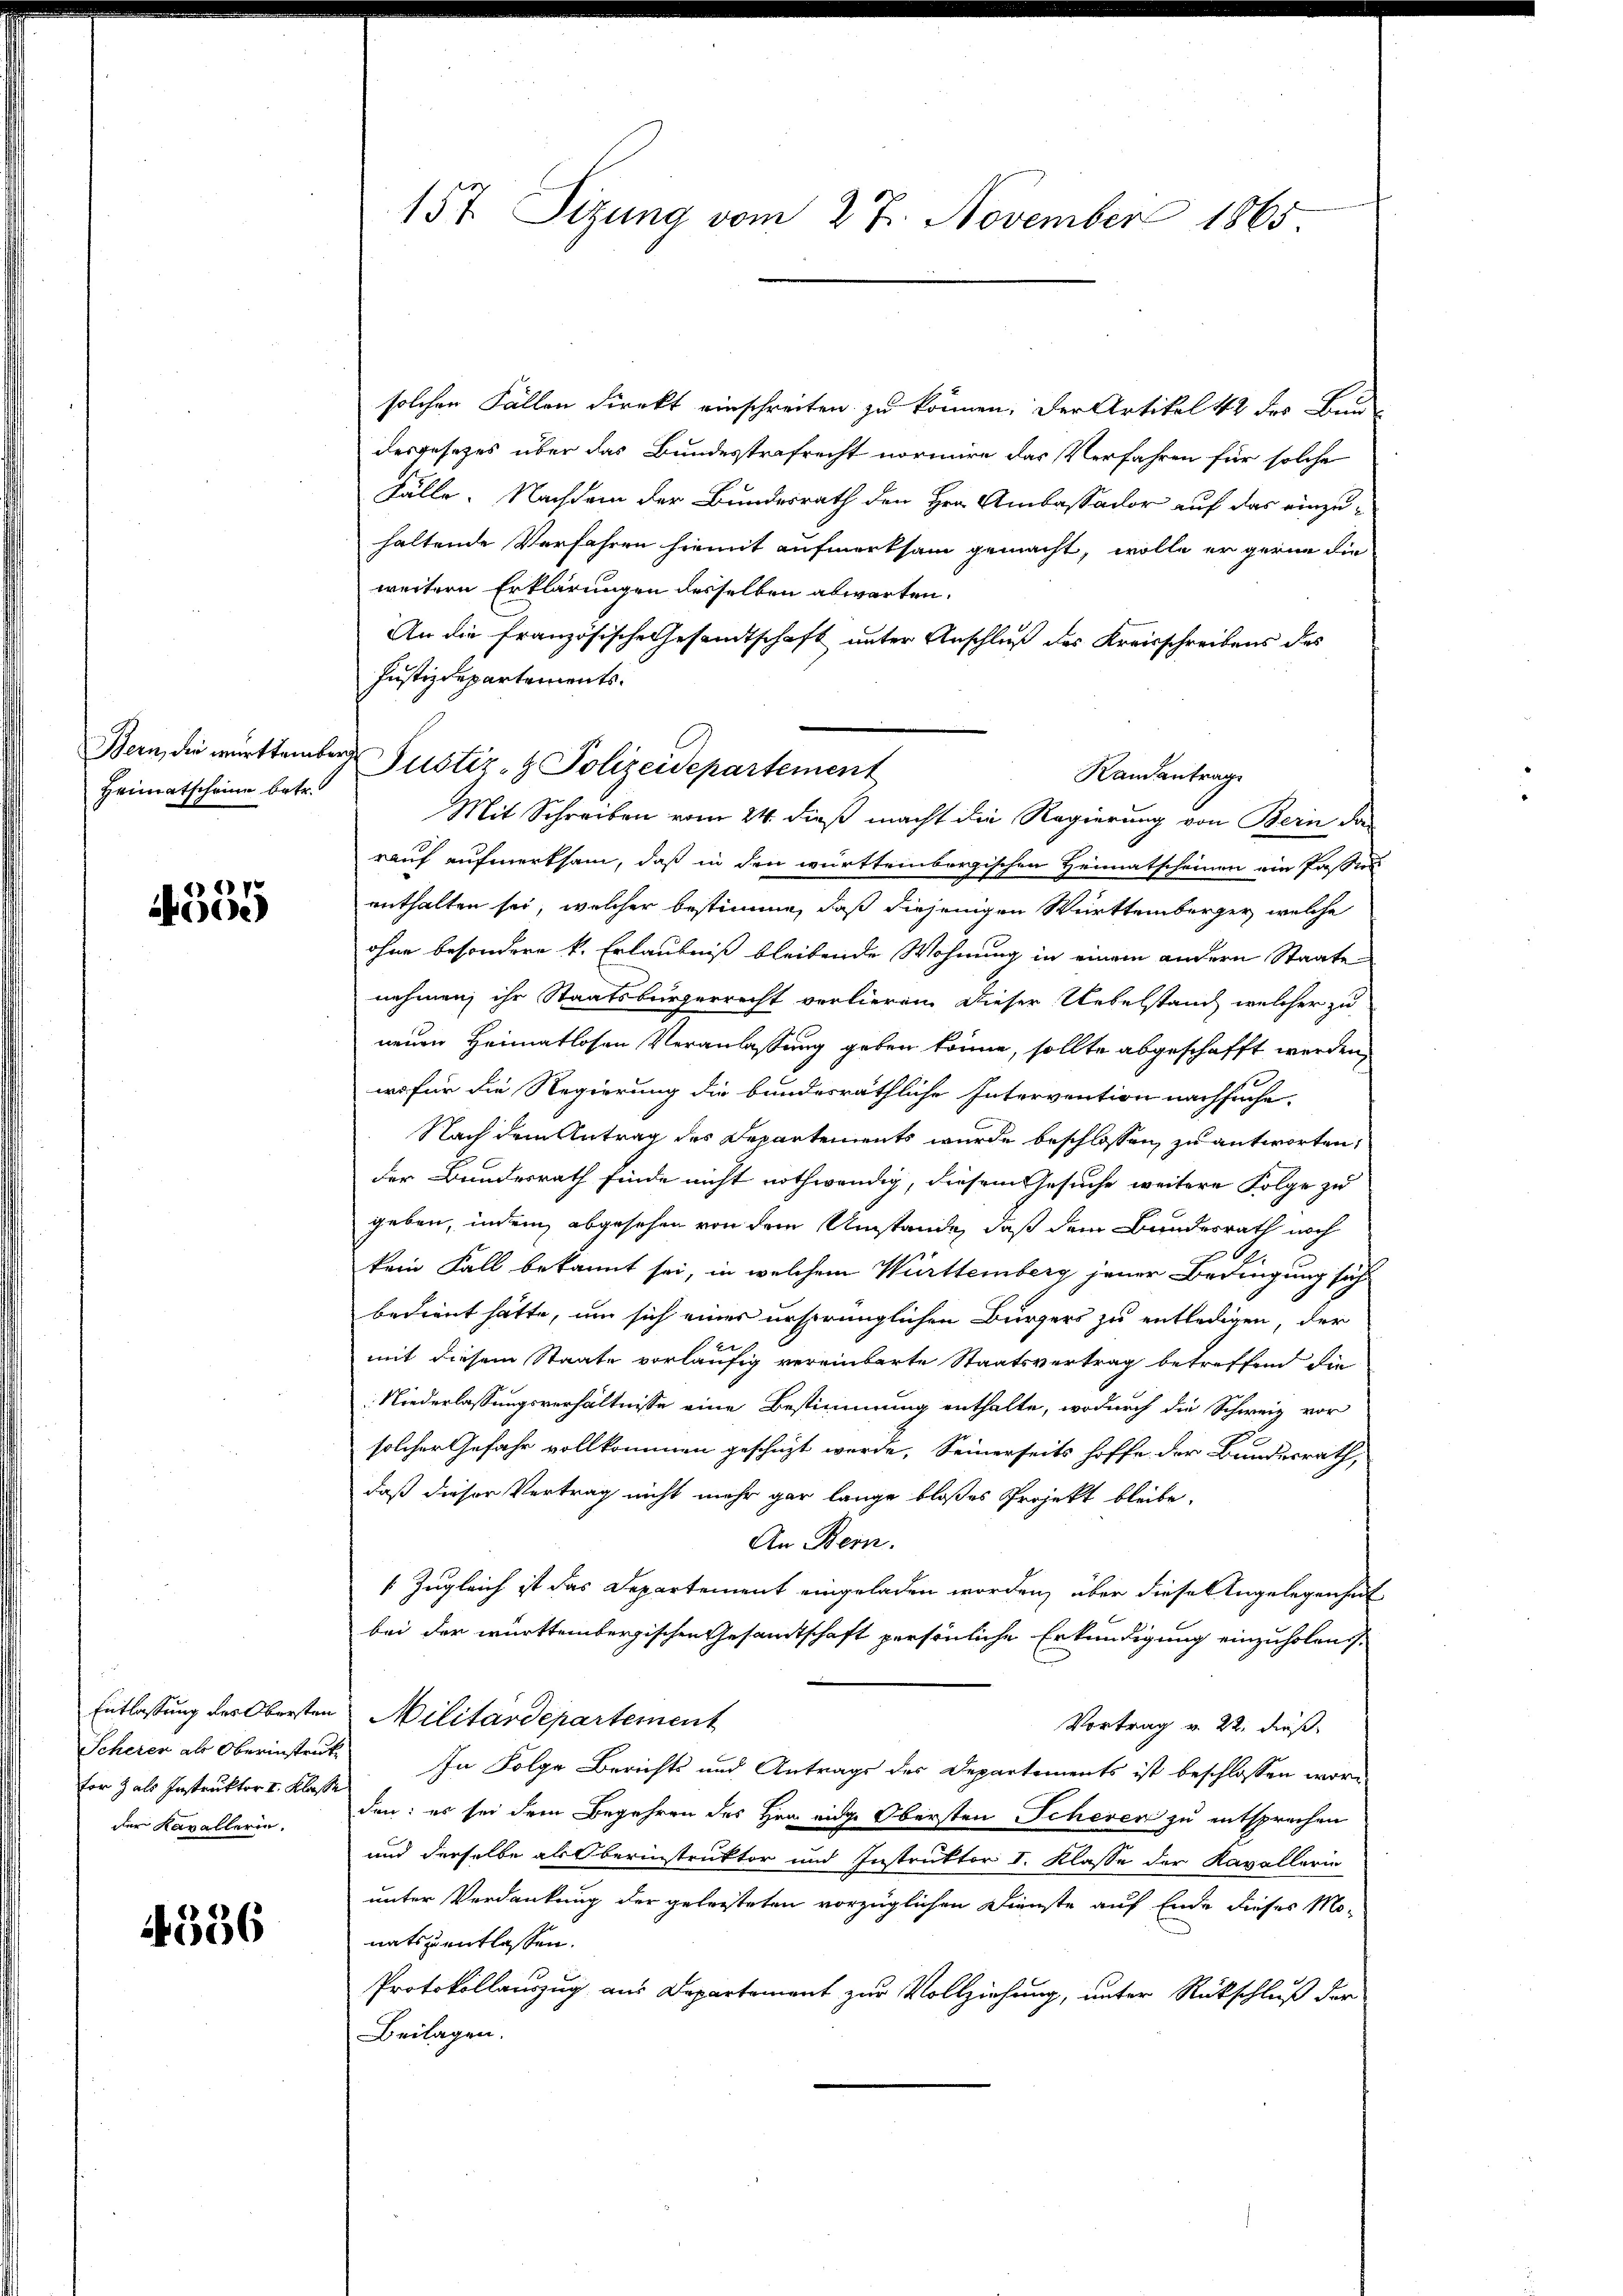
Bern, die württember
Heimatscheine betr.

17
e)

Entlassung des Obersten
Scherer als Oberinstruk
tor als Instruktor I. Klasse
der Kavallerin.

4556

157. Sitzung vom 27. November 1865

solchen Fällen direkt einschreiten zu können, der Artikel 12 des Bil
desgesetzes über das Bundesstrafrecht normire das Verfahren für solche
Fälle. Nachdem der Bundesrath den Hrn. Ambassador auf das einzuhaltende Verfahren hiemit aufmerksam gemacht, wolle er gerne die
weitere Erklärungen desselben abwarten.
An die französische Gesandtschaft unter Anschluß des Kreisschreibens des
Justizdepartements.
Mit Schreiben vom 24. dieß macht die Regierung von Bern da
rauf aufmerksam, daß in den württembergischen Heimatscheinen ein Passun
enthalten sei, welcher bestimme, daß diejenigen Württemberger, welche
ohne besondere k. Erlaubniß bleibende Wohnung in einem andern Staate
nehmen, ihr Staatsbürgerrecht verlieren. Dieser Uebelstand, welcher zu
neuen Heimatlosen Veranlassung geben könne, sollte abgeschafft werden,
wo für die Regierung die bundesräthliche Intervention nachsuche.
Nach dem Antrag des Departements wurde beschlossen, zu antworten,
der Bundesrath finde nicht nothwendig, diesem Gesuche weitere Folge zu
geben, indem abgesehen von dem Umstände, daß dem Bundesrath noch
kein Fall bekannt sei, in welchem Württemberg jener Bedingung sich
bedient hätte, um sich einer ursprünglichen Bürgers zu entledigen, der
E
mit diesem Staate vorläufig vereinbarte Staatsvertrag betreffend die
Niederlassungsverhältnisse eine Bestimmung enthalte, wodurch die Schweiz vor
solcher Gefahr vollkommen geschüzt werde, Seinerseits hoffe der Bundesrath,
daß dieser Vertrag nicht mehr gar lange bloßes Projekt bleibe.
An Bern.
Zugleich ist das Departement eingeladen worden, über diese Angelegenheit
bei der württembergischen Gesamtschaft persönliche Erkundigung einzuholen.
Militärdepartement
Vortrag v. 22. dieß
In Folge Berichts und Antrags des Departements ist beschlossen worden: es sei dem Begehren des Her eige Obersten Scheren zu entsprechen
und derselbe als Oberinstruktor und Instruktor I. Klasse der Kavallerin
unter Verdankung der geleisteten vorzüglichen Dienste auf Ende dieses Mo-
natszuentlassen.
Protokollauszug aus Departement zur Vollziehung, unter Rückschluß der
Beilagen.

Justiz- & Polizeidepartement
Randantrag